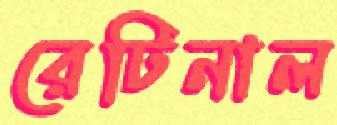
রেটিনাল